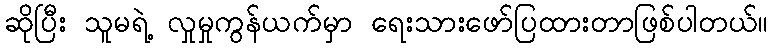
ဆိုပြီး သူမရဲ့ လှုမှုကွန်ယက်မှာ ရေးသားဖော်ပြထားတာဖြစ်ပါတယ်။